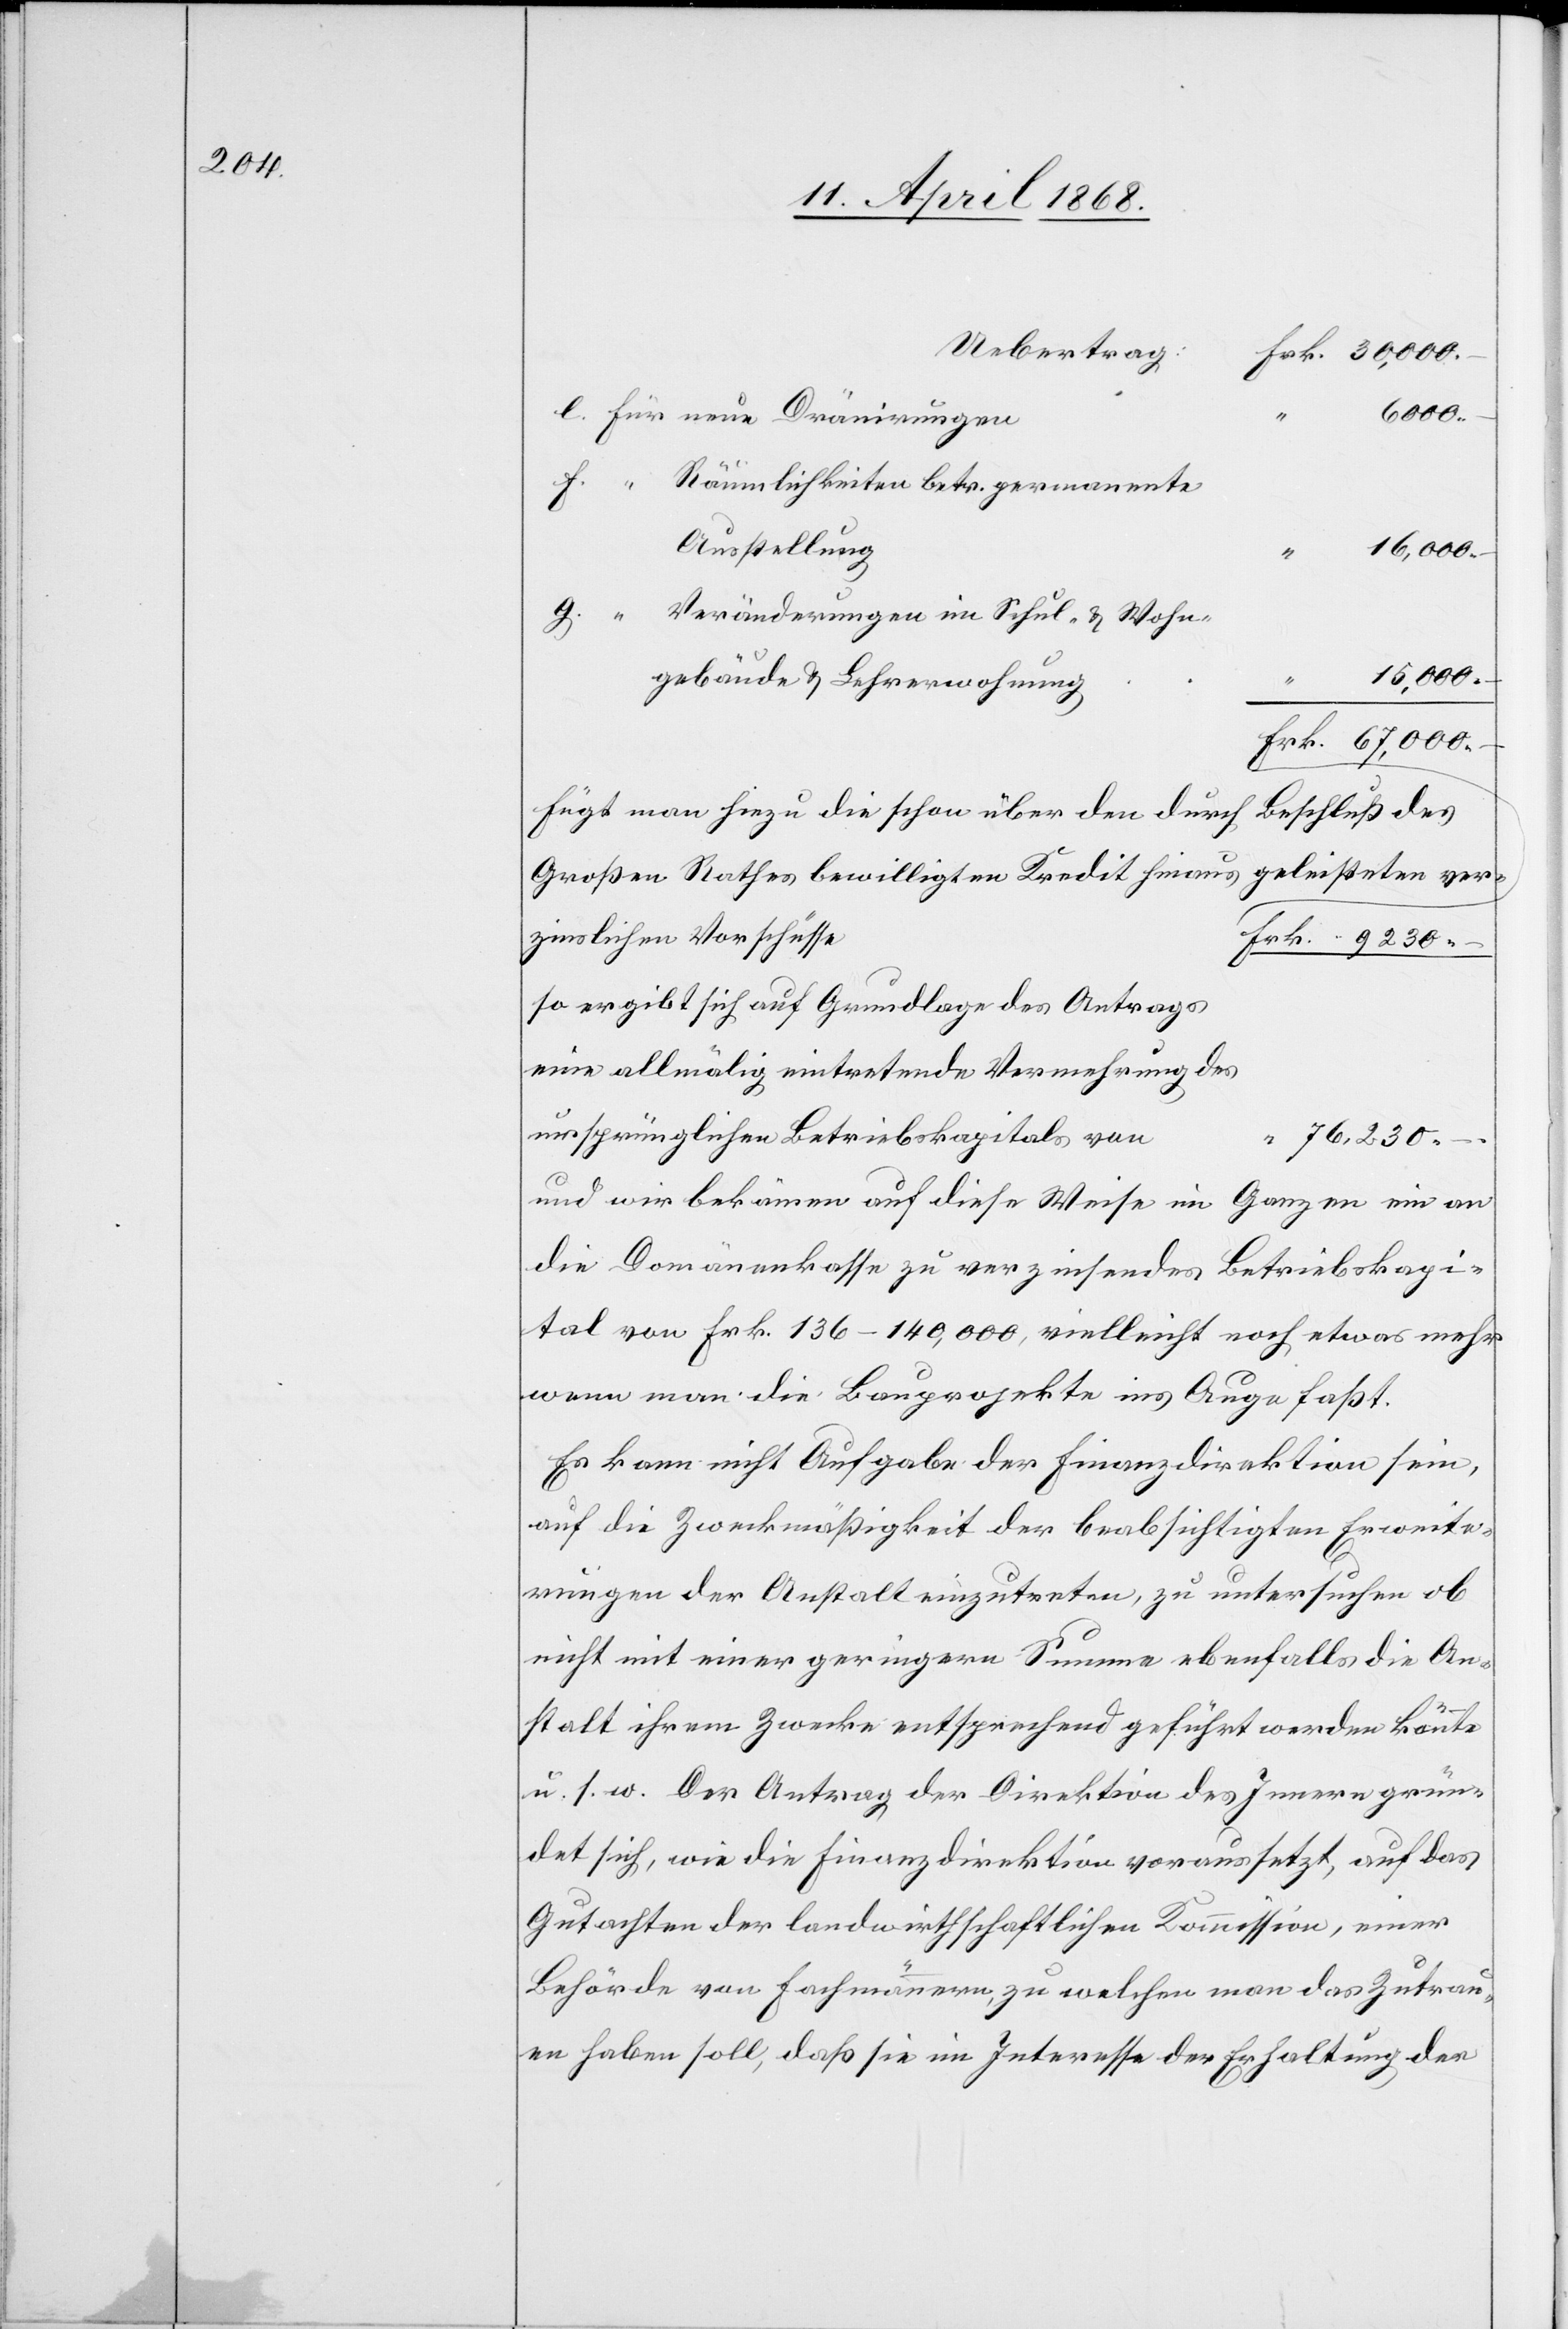
6000.
rungen
“ Räumlichkeiten betr. permanente
Ausstellung
“ 16,000. –
Veränderungen im Schul- & Wohn¬
15,000. –
gebäude & Lehrerwohnung
Frk. 67,000. –
Fügt man hiezu die schon über den durch
Beschluß des
Großen Rathes bewilligten Kredit hinaus geleisteten ver¬
zinslichen Vorschüsse
Frk. 9230. –
so ergibt sich auf Grundlage des Antrags
eine allmälig eintretende Vermehrung des
ursprünglichen Betriebskapitals von
“ 76,230.
und wir bekämen auf diese Weise im Ganzen ein an
die Domänenkasse zu verzinsendes Betriebskapi¬
tal von Frk. 136–140,000, vielleicht noch etwas mehr
wenn man die Bauprojekte ins Auge faßt.
Es kann nicht Aufgabe der Finanzdirektion sein,
auf die Zweckmäßigkeit der beabsichtigten Erweite¬
rungen der Anstalt einzutreten, zu untersuchen ob
nicht mit einer geringern Summe ebenfalls die An¬
stalt ihrem Zwecke entsprechend geführt werden könnte
u. s. w. Der Antrag der Direktion des Innern grün¬
det sich, wie die Finanzdirektion voraussetzt, auf das
Gutachten der landwirthschaftlichen Kommission, einer
Behörde von Fachmännern, zu welchen man das Zutrau¬
en haben soll, daß sie im Interesse der Erhaltung der